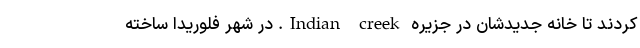
کردند تا خانه جدیدشان در جزیره Indian creek. در شهر فلوریدا ساخته